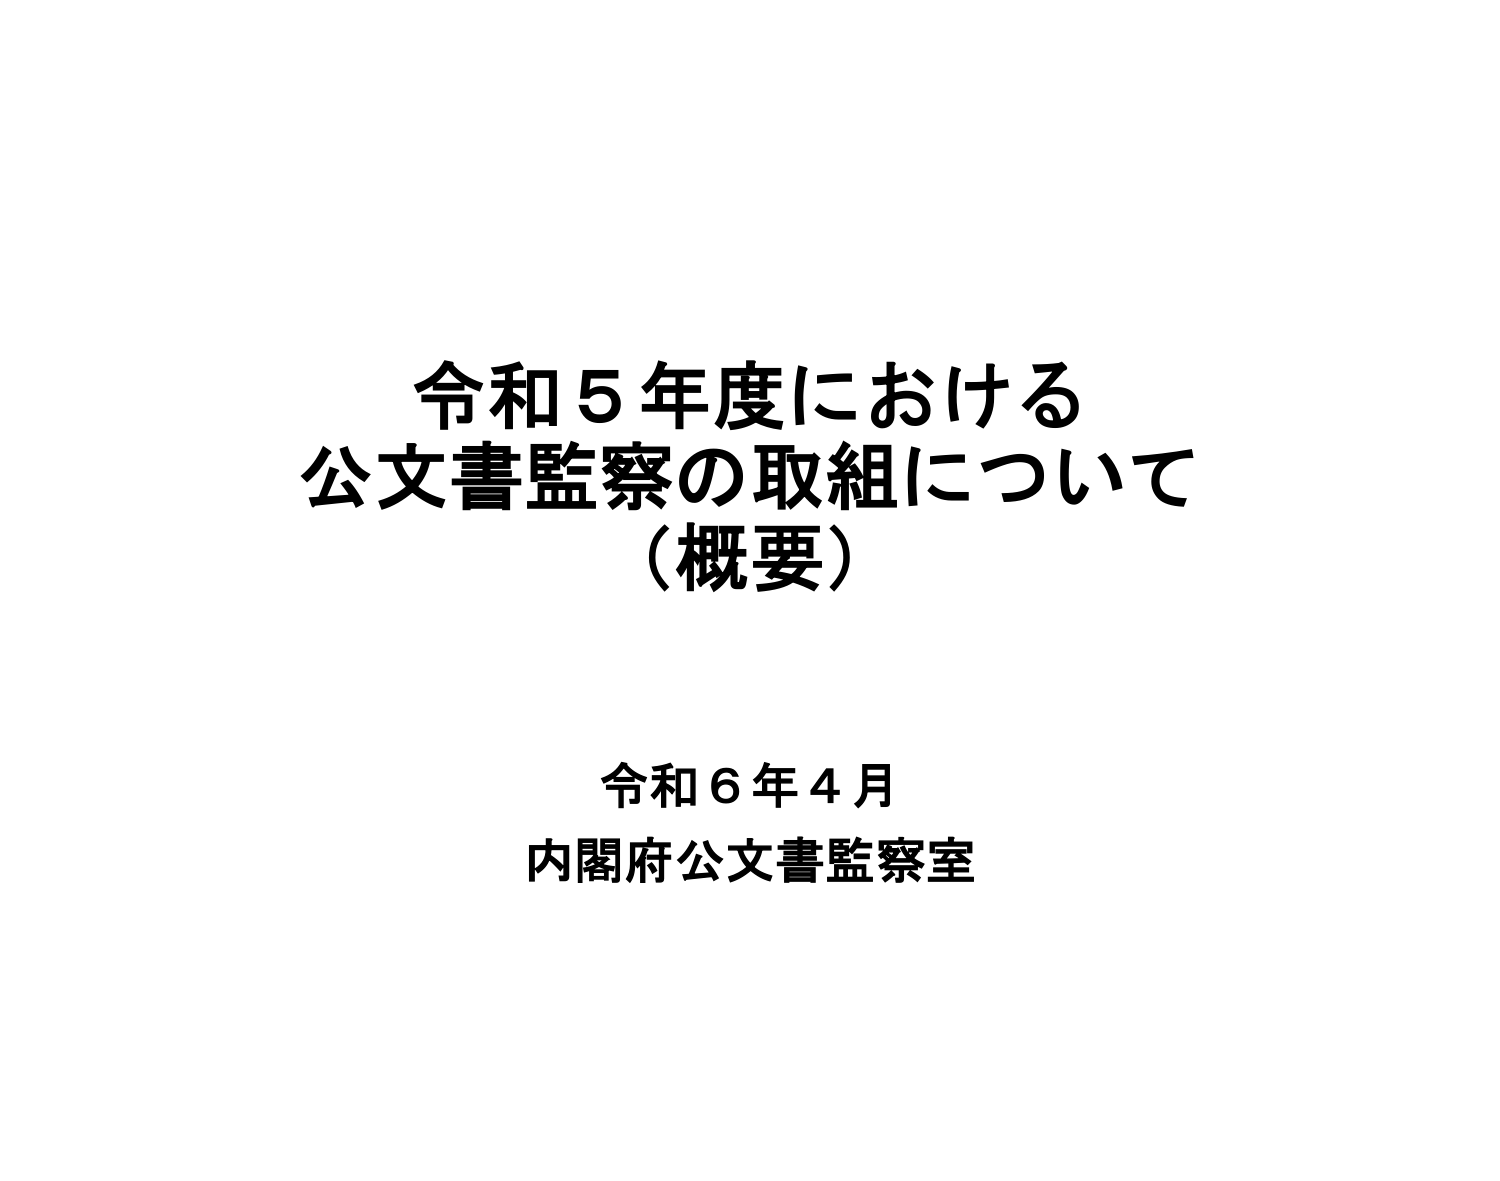
令和5年度における
公文書監察の取組について
（概要）

令和6年4月
内閣府公文書監察室